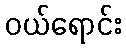
ဝယ်ရောင်း